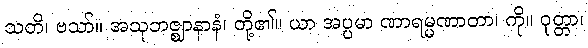
သတိ၊ ဗသာ်။ အသုဘဇ္ဈာနာနံ၊ တို့၏။ ယာ အပ္ပမာ ဏာရမ္မဏာတာ၊ ကို။ ဝုတ္တာ၊